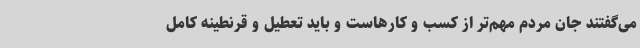
می‌گفتند جان مردم مهم‌تر از کسب و کارهاست و باید تعطیل و قرنطینه کامل